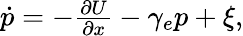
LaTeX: \begin{array}{r}{\dot{p}=-\frac{\partial U}{\partial x}-\gamma_{e}p+\xi,}\end{array}